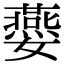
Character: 𡤈